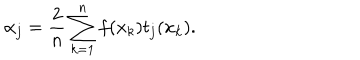
LaTeX: \alpha _ { j } = \frac { 2 } { n } \sum _ { k = 1 } ^ { n } f ( x _ { k } ) t _ { j } ( x _ { k } ) .